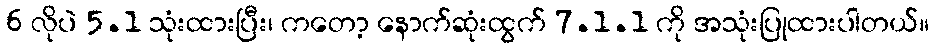
6 လိုပဲ 5.1 သုံးထားပြီး၊ ကတော့ နောက်ဆုံးထွက် 7.1.1 ကို အသုံးပြုထားပါတယ်။